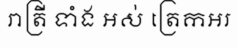
រាត្រី ទាំំង អស់ ត្រេកអរ